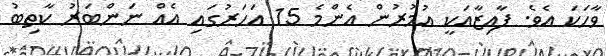
ވާހަކަ އެވެ. ފާއިޒާއަކީ އުމުރުން އެންމެ 15 އަހަރުގައި އެއް ނަންބަރު ކާތިބު